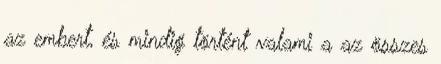
az embert, és mindig történt valami a az összes